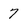
Character: 7